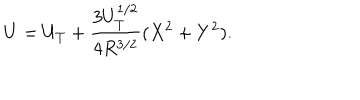
U = U _ { T } + \frac { 3 U _ { T } ^ { 1 / 2 } } { 4 R ^ { 3 / 2 } } ( X ^ { 2 } + Y ^ { 2 } ) .